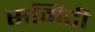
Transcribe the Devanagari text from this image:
समिटी